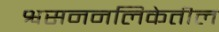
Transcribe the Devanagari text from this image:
श्वसननलिकेतील